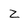
Character: 2